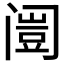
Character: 𲉄